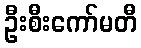
ဦးစီးကော်မတီ